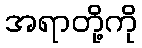
အရာတို့ကို